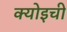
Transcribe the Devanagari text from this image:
क्योइची